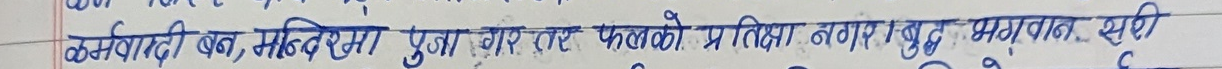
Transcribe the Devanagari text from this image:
कर्मवाम्दी बन, मन्दिरमा
पुजा गर तर फलको प्रतिक्षा नगर। बुद्ध भगवान सरी
C